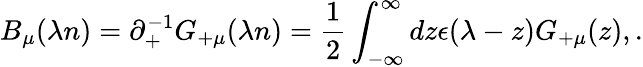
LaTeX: B_{\mu}(\lambda n)=\partial_{+}^{-1}G_{+\mu}(\lambda n)=\frac{1}{2}\int_{-\infty}^{\infty}dz\epsilon(\lambda-z)G_{+\mu}(z),.